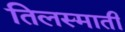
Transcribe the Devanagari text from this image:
तिलस्माती